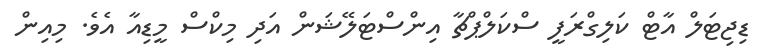
ޑިޖިޓަލް އާޓް ކަލިގްރަފީ ސްކަލްޕްޗާ އިންސްޓަލޭޝަން އަދި މިކްސް މީޑިއާ އެވެ. މިއިން